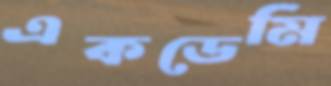
একডেমি